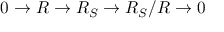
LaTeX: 0 \to R \to R _ { S } \to R _ { S } / R \to 0